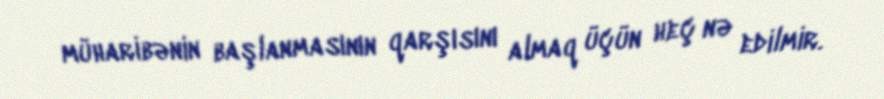
müharibənin başlanmasının qarşısını almaq üçün heç nə edilmir.